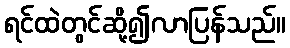
ရင်ထဲတွင်ဆို့၍လာပြန်သည်။